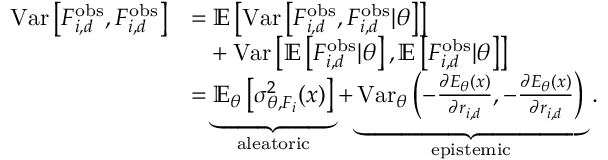
\begin{array} { r l } { \mathrm { V a r } \left[ F _ { i , d } ^ { \mathrm { o b s } } , F _ { i , d } ^ { \mathrm { o b s } } \right] } & { = \mathbb { E } \left[ \mathrm { V a r } \left[ F _ { i , d } ^ { \mathrm { o b s } } , F _ { i , d } ^ { \mathrm { o b s } } | \theta \right] \right] } \\ & { \phantom { = } + \mathrm { V a r } \left[ \mathbb { E } \left[ F _ { i , d } ^ { \mathrm { o b s } } | \theta \right] , \mathbb { E } \left[ F _ { i , d } ^ { \mathrm { o b s } } | \theta \right] \right] } \\ & { = \underbrace { \mathbb { E } _ { \theta } \left[ \sigma _ { \theta , F _ { i } } ^ { 2 } ( x ) \right] } _ { \mathrm { a l e a t o r i c } } + \underbrace { \mathrm { V a r } _ { \theta } \left( - \frac { \partial E _ { \theta } ( x ) } { \partial r _ { i , d } } , - \frac { \partial E _ { \theta } ( x ) } { \partial r _ { i , d } } \right) } _ { \mathrm { e p i s t e m i c } } \, . } \end{array}